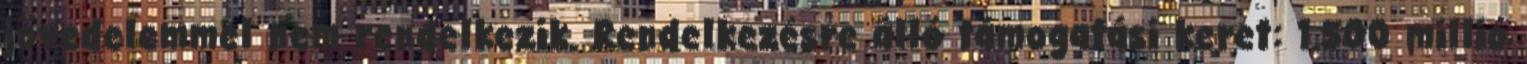
jövedelemmel nem rendelkezik. Rendelkezésre álló támogatási keret: 1.500 millió